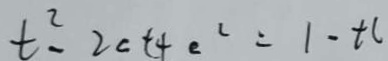
t ^ { 2 } - 2 c t 4 e ^ { 2 } = 1 - t c